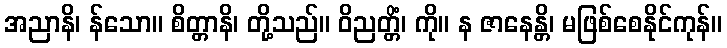
အညာနိ၊ န်သော။ စိတ္တာနိ၊ တို့သည်။ ဝိညတ္တိံ၊ ကို။ န ဇာနေန္တိ၊ မဖြစ်စေနိုင်ကုန်။